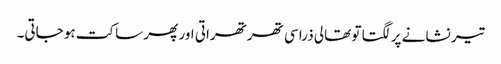
تیر نشانے پر لگتا تو تھالی ذرا سی تھرتھراتی اور پھر ساکت ہو جاتی۔